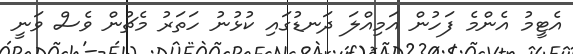
އެޓީމު އެންމެ ފަހުން އަމިއްލަ ދަނޑުގައި ކުޅުނު ހަތަރު މެޗުން ވެސް ވަނީ